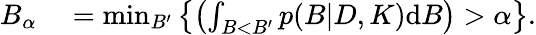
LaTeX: \begin{array}{rl}{B_{\alpha}}&{{}=\operatorname*{min}_{B^{\prime}}\left\{ \left(\int_{B<B^{\prime}}p(B|D,K)\textup{d}B\right)>\alpha\right\} .}\end{array}